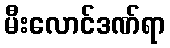
မီးလောင်ဒဏ်ရာ